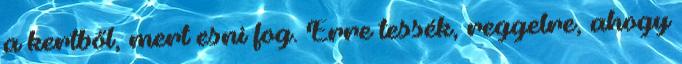
a kertből, mert esni fog. Erre tessék, reggelre, ahogy